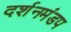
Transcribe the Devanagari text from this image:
दर्शनमंडप